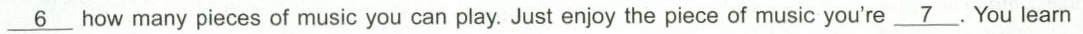
\underline{6} how many pieces of music you can play. Just enjoy the piece of music you're \underline{7}.You learn